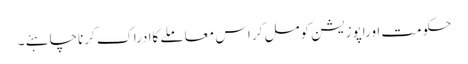
حکومت اوراپوزیشن کومل کر اس معاملے کاادراک کرناچاہئے ۔